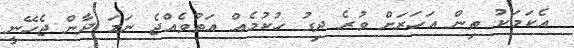
އެކަމަކު ތިން އަހަރަށް ވުރެ ދިގު ހުކުމެއް އަތުވެއްޖެ ނަމަ ދާން ޖެހޭނީ